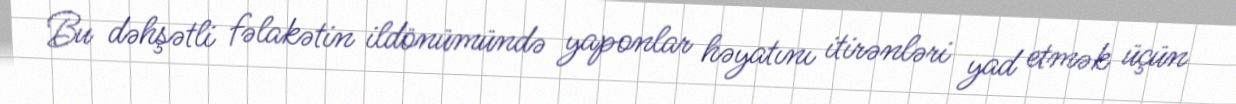
Bu dəhşətli fəlakətin ildönümündə yaponlar həyatını itirənləri yad etmək üçün